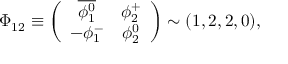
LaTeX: \Phi _ { 1 2 } \equiv \left( \begin{array} { c c } { { \overline { { { \phi _ { 1 } ^ { 0 } } } } } } & { { \phi _ { 2 } ^ { + } } } \\ { { - \phi _ { 1 } ^ { - } } } & { { \phi _ { 2 } ^ { 0 } } } \end{array} \right) \sim ( 1 , 2 , 2 , 0 ) ,